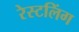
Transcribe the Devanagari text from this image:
रेस्टलिंग